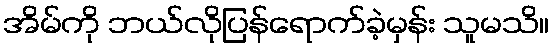
အိမ်ကို ဘယ်လိုပြန်ရောက်ခဲ့မှန်း သူမသိ။